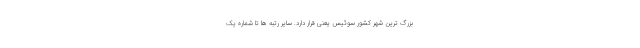
بزرگ ترین شهر کشور سوئیس یعنی قرار دارد. سایر رتبه ها تا شماره یک